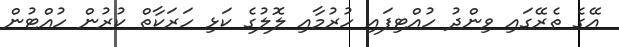
އޭގެ ތެރޭގައި ވިންދު ހުއްޓިފައި ހުރުމާއި ލޮލުގެ ކަޅި ހަރަކާތް ކުރުން ހުއްޓުން